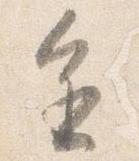
進